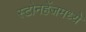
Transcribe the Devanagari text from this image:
स्टोनहेंजमध्ये